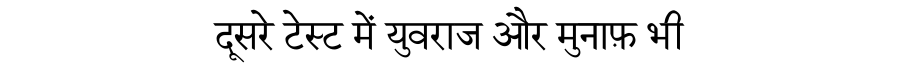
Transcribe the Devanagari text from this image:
दूसरे टेस्ट में युवराज और मुनाफ़ भी